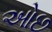
ઓછ